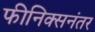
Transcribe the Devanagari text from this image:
फीनिक्सनंतर